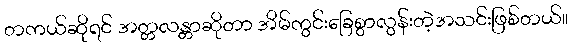
တကယ်ဆိုရင် အတ္တလန္တာဆိုတာ အိမ်ကွင်းခြေစွာလွန်းတဲ့အသင်းဖြစ်တယ်။